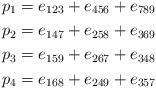
LaTeX: \begin{align*} p_1 &= e_{123}+e_{456}+e_{789}\\ p_2 &= e_{147}+e_{258}+e_{369}\\ p_3 &= e_{159}+e_{267}+e_{348}\\ p_4 &= e_{168}+e_{249}+e_{357}\end{align*}